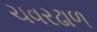
ચવરઢાળ